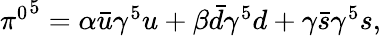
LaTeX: \begin{array}{r}{{\pi^{0}}^{5}=\alpha\bar{u}\gamma^{5}u+\beta\bar{d}\gamma^{5}d+\gamma\bar{s}\gamma^{5}s,}\end{array}